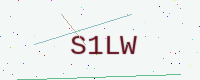
Text: S1LW